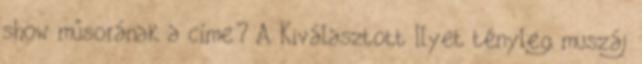
show műsorának a címe? A Kiválasztott Ilyet tényleg muszáj